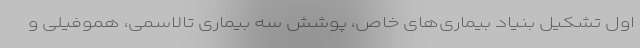
اول تشکیل بنیاد بیماری‌های خاص، پوشش سه بیماری تالاسمی، هموفیلی و